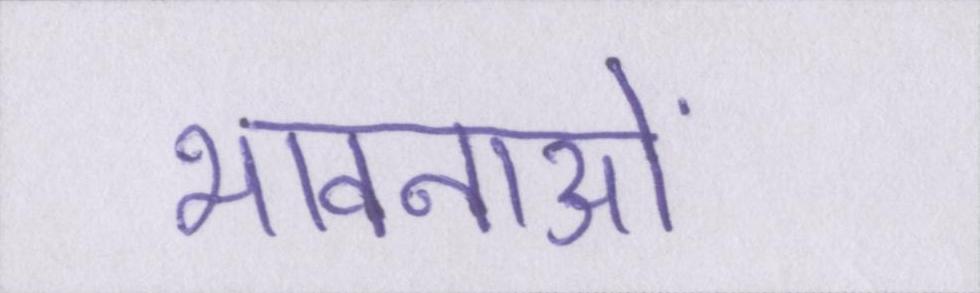
भावनाओं